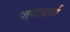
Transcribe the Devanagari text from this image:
जयाचार्य